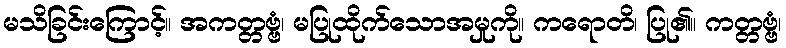
မသိခြင်းကြောင့်။ အကတ္တဗ္ဗံ၊ မပြုထိုက်သောအမှုကို။ ကရောတိ၊ ပြု၏။ ကတ္တဗ္ဗံ၊